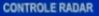
CONTROLE RADAR